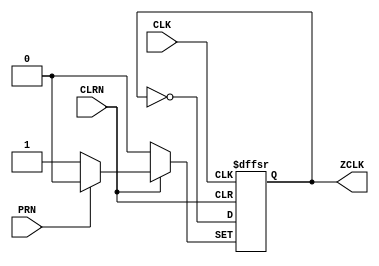
// Copyright (C) 2019  Intel Corporation. All rights reserved.
// Your use of Intel Corporation's design tools, logic functions 
// and other software and tools, and any partner logic 
// functions, and any output files from any of the foregoing 
// (including device programming or simulation files), and any 
// associated documentation or information are expressly subject 
// to the terms and conditions of the Intel Program License 
// Subscription Agreement, the Intel Quartus Prime License Agreement,
// the Intel FPGA IP License Agreement, or other applicable license
// agreement, including, without limitation, that your use is for
// the sole purpose of programming logic devices manufactured by
// Intel and sold by Intel or its authorized distributors.  Please
// refer to the applicable agreement for further details, at
// https://fpgasoftware.intel.com/eula.

// PROGRAM		"Quartus Prime"
// VERSION		"Version 19.1.0 Build 670 09/22/2019 SJ Lite Edition"
// CREATED		"Thu May 14 20:55:38 2020"

module Test_CLK_DIV(
	CLK,
	PRN,
	CLRN,
	ZCLK
);


input wire	CLK;
input wire	PRN;
input wire	CLRN;
output wire	ZCLK;

wire	SYNTHESIZED_WIRE_0;
reg	DFF_inst;

assign	ZCLK = DFF_inst;




always@(posedge CLK or negedge CLRN or negedge PRN)
begin
if (!CLRN)
	begin
	DFF_inst <= 0;
	end
else
if (!PRN)
	begin
	DFF_inst <= 1;
	end
else
	begin
	DFF_inst <= SYNTHESIZED_WIRE_0;
	end
end

assign	SYNTHESIZED_WIRE_0 =  ~DFF_inst;


endmodule